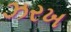
ઝરખ